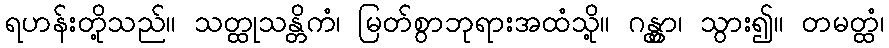
ရဟန်းတို့သည်။ သတ္ထုသန္တိကံ၊ မြတ်စွာဘုရားအထံသို့။ ဂန္တွာ၊ သွား၍။ တမတ္ထံ၊